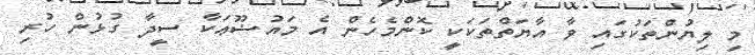
މި ލިޔުންތަކުގައި ވާ އާޔަތްތަކަކީ ކޮންމެހެން އެ މައުޟޫޢަކާ ސީދާ ގުޅުން ހުރި